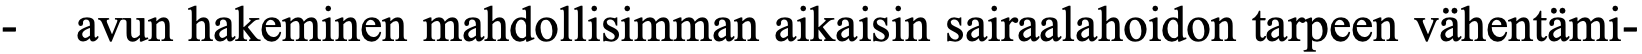
-  avun hakeminen mahdollisimman aikaisin sairaalahoidon tarpeen vähentämi-